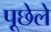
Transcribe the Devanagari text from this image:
पूछेले